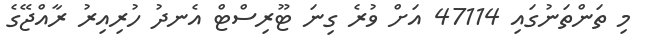
މި ތަންތަނުގައި 47114 އަށް ވުރެ ގިނަ ޓޫރިސްޓް އެނދު ހުރިއިރު ރާއްޖޭގެ